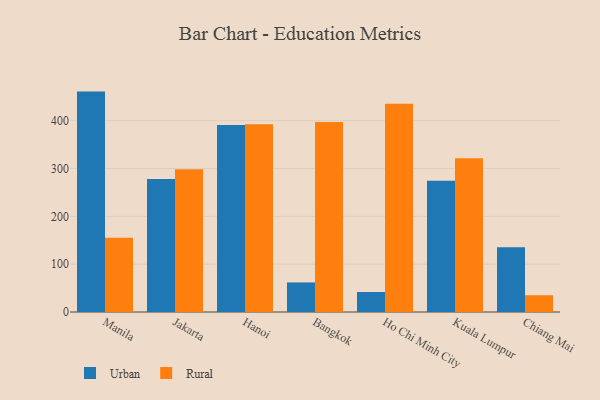
{"axis": {"x": "City", "y": "LTV (USD)"}, "legend": ["Rural", "Urban"], "data": [{"x": "Manila", "y": 460.8, "type": "Urban"}, {"x": "Manila", "y": 155.3, "type": "Rural"}, {"x": "Jakarta", "y": 278.2, "type": "Urban"}, {"x": "Jakarta", "y": 298.7, "type": "Rural"}, {"x": "Hanoi", "y": 391.1, "type": "Urban"}, {"x": "Hanoi", "y": 392.6, "type": "Rural"}, {"x": "Bangkok", "y": 61.8, "type": "Urban"}, {"x": "Bangkok", "y": 397.2, "type": "Rural"}, {"x": "Ho Chi Minh City", "y": 41.8, "type": "Urban"}, {"x": "Ho Chi Minh City", "y": 435.3, "type": "Rural"}, {"x": "Kuala Lumpur", "y": 274.3, "type": "Urban"}, {"x": "Kuala Lumpur", "y": 321.6, "type": "Rural"}, {"x": "Chiang Mai", "y": 135.4, "type": "Urban"}, {"x": "Chiang Mai", "y": 35.1, "type": "Rural"}]}